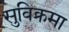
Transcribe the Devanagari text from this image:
सुविक्रमा